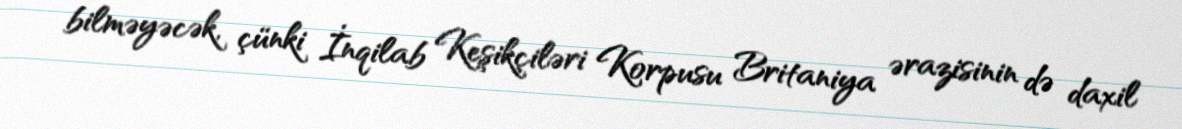
bilməyəcək, çünki İnqilab Keşikçiləri Korpusu Britaniya ərazisinin də daxil